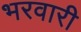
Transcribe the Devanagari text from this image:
भरवारी